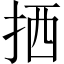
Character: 拪